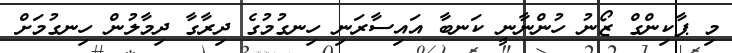
މި ޕާކިންގް ޒޯނު ހުންނާނީ ކަނބާ އައިސާރަނި ހިނގުމުގެ ދިރާގާ ދިމާލުން ހިނގުމަށް